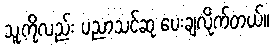
သူ့ကိုလည်း ပညာသင်ဆု ပေးချလိုက်တယ်။